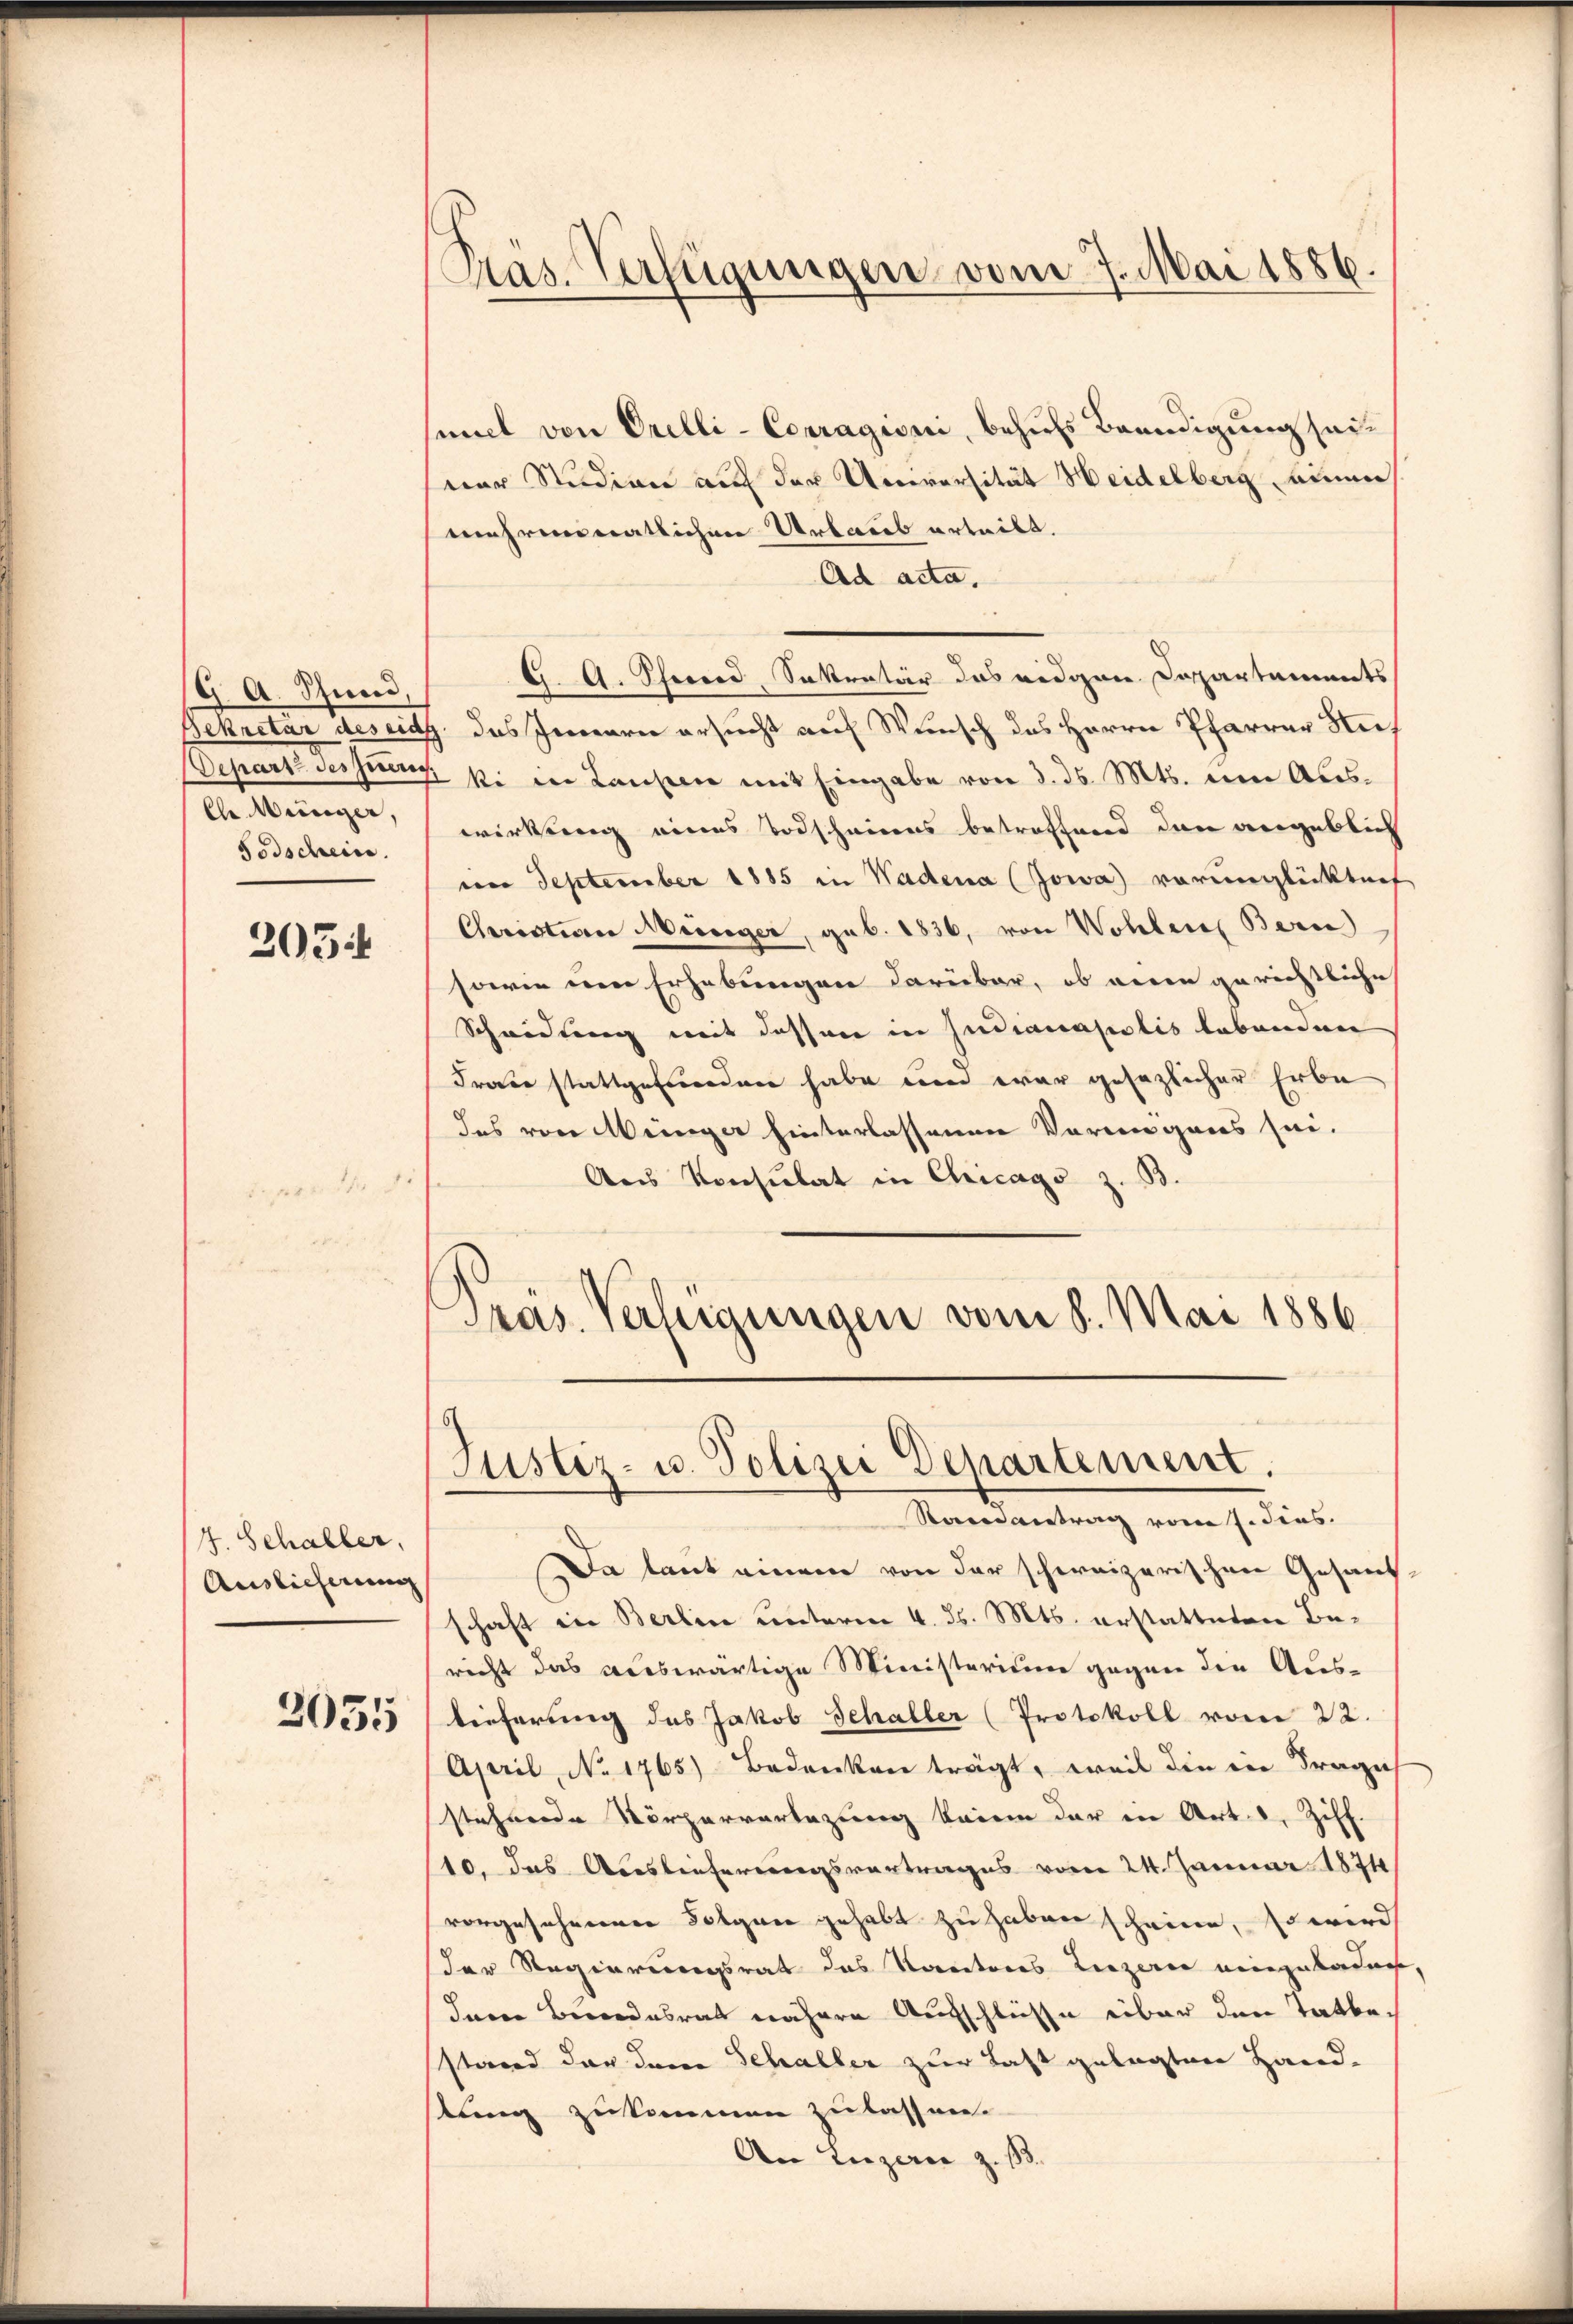
9. A. Schweid,
lle Meinger,
Todschein.

2054

1

4. Schaller,
Auslicherung

2035

Präs. Verfügungen vom 7. Mai 1886.

sel von Orelli-Corragioni, behufs Beendigung seiner Studion auf der Universität Heidelberg einen
mehrerstratlichen Urbares urteilt.
Ad acta,
G. A. Schend, Sekretär das eidgen. Dospartements
Bekretar Beseith, das Innern ersucht auf Wunsch des Herrn Pfarrer Stu¬
Depart dessung ki in Laupen mit Eingabe von d. d. Mts. ein Auswirkung eines Todscheines betreffend dann angeblich
im September 1885 in Wadena (Jowa vorunglücktref
Christion Meiniger, geb. 1836, von Wohlen Bern)
sowie im Erhebungen darüber, ob einen gerichtliche
Schwedlung mit dessen in Indianasialis lebenden
Frau stattgefunden habe und war gesezlicher Erbe
das von Menger hinterlassenen Vorangaus sei.
Aus Konsulat in Chicago z. B.

Präs. Verfügungen vom 8. Mai 1886
Justiz- u. Polizei Departement.
Ramantrag vom 1. Fens

Da laut einem von der schweizerischen Gesandschaft in Berlin unterm 4. ds. Mts. erstatteten Bericht das auswärtige Ministerium gegen die Auslieferung des Jakob Schaller (Protokoll vom 22.
April, No 1765) Bedenken trägt, weil die in Frage
stehende Körperverlegung kain der in Art. 8, Ziff.
10. das Auslieferungsvertrages vom 24. Januar 1874
vorgesehenen Folgen gehabt zu haben scheine, so wird
der Regierungsrat das Rectores Liezerne eingebaden,
dann Berndesrat nähere Aufschlüße über den Tatbestand der dene Schaller zur Last gelegten Hand-
stung zukommen zu lassen.
An Luzern z. 13.